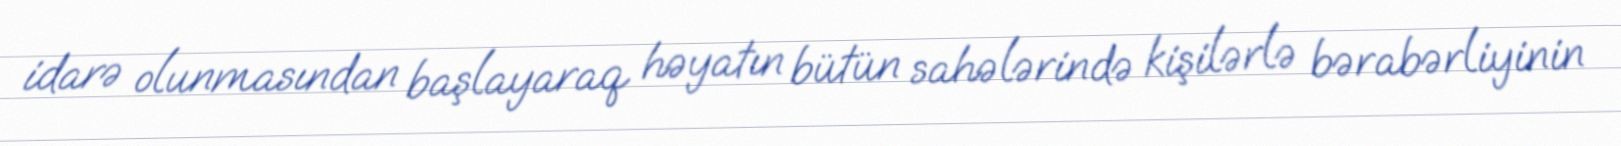
idarə olunmasından başlayaraq həyatın bütün sahələrində kişilərlə bərabərliyinin